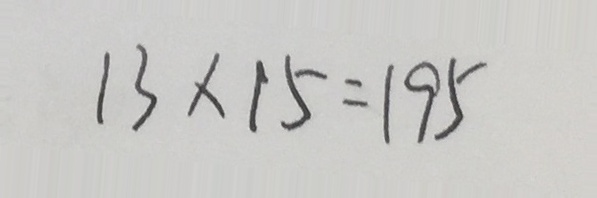
1 3 \times 1 5 = 1 9 5